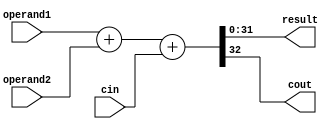
`timescale 1ns / 1ps

module adder(
    input  [31:0] operand1,
    input  [31:0] operand2,
    input         cin,
    output [31:0] result,
    output        cout
    );
    assign {cout,result} = operand1 + operand2 + cin;

endmodule